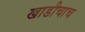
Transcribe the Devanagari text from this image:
खाडीचाच